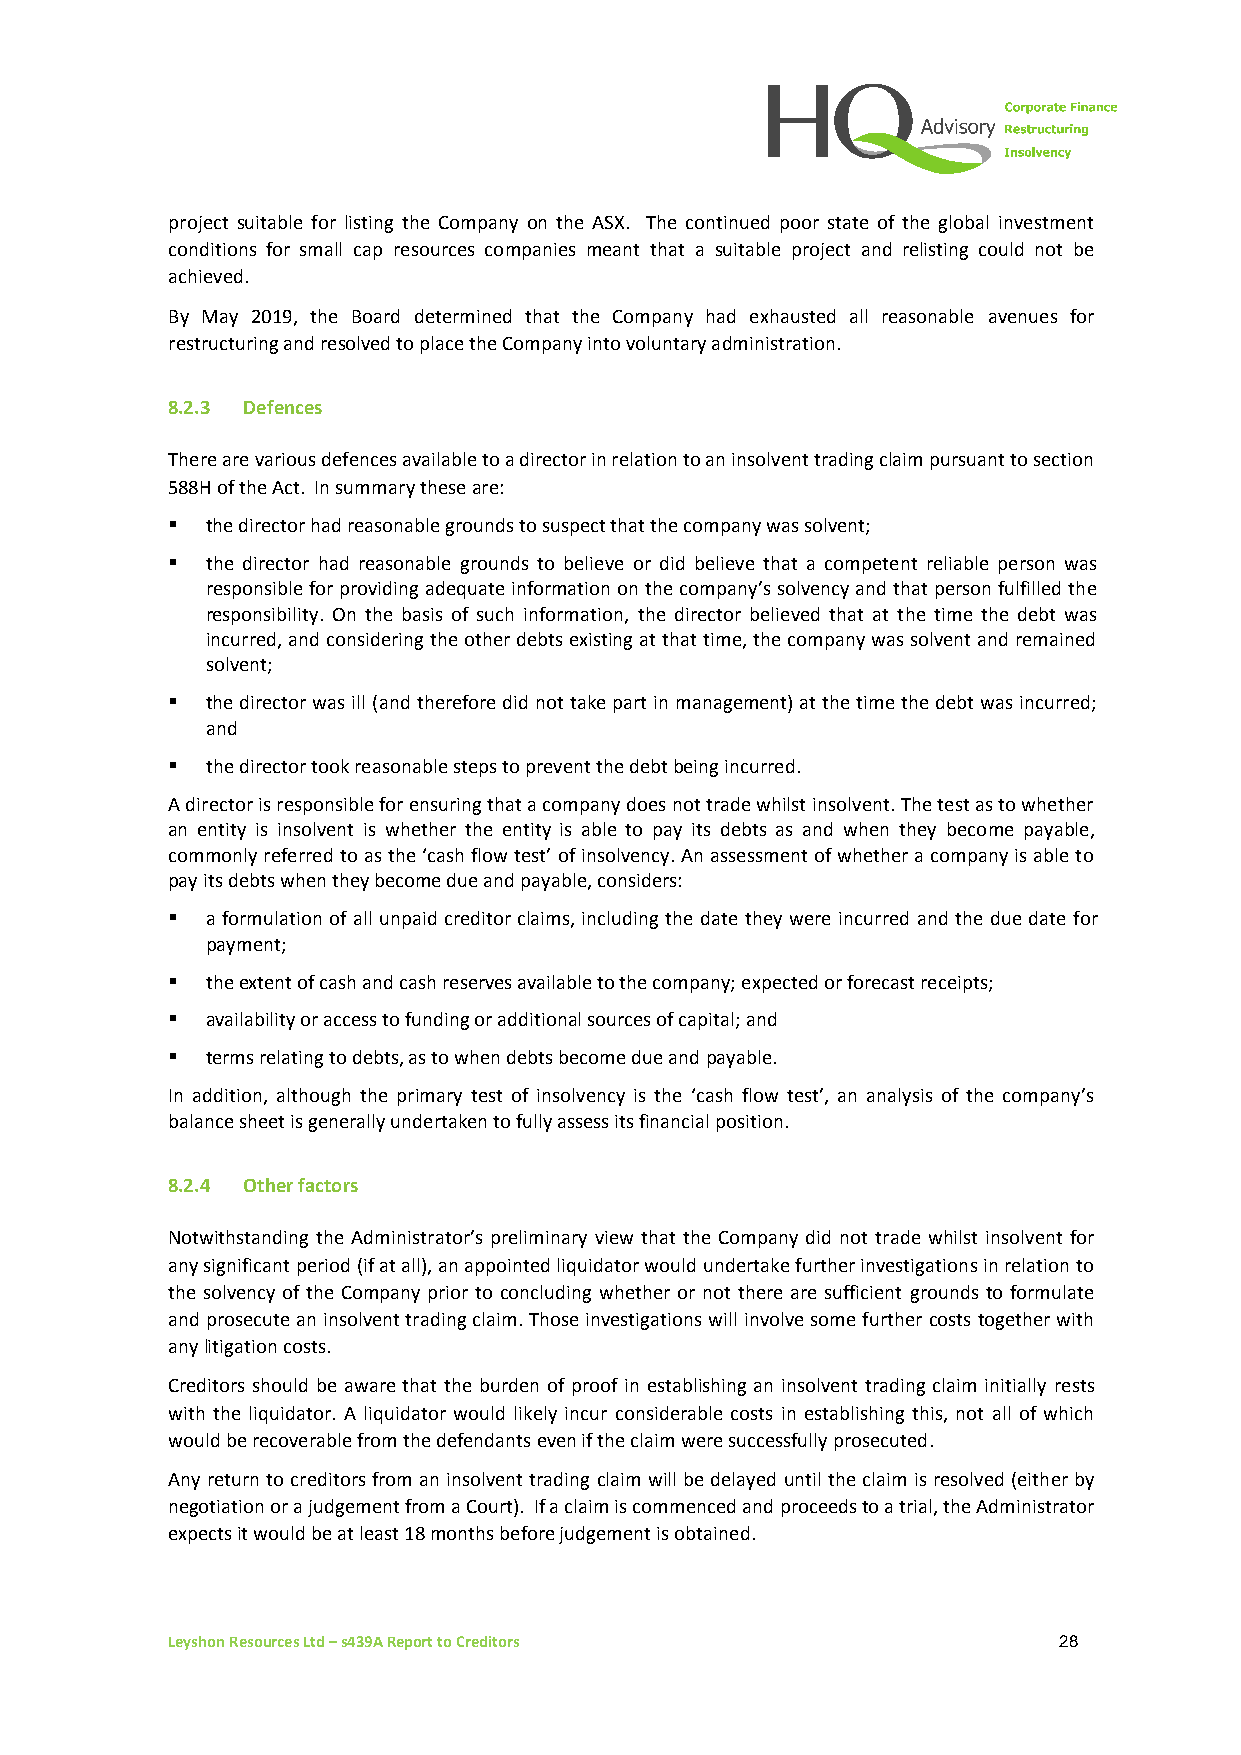
project suitable for listing the Company on the ASX. The continued poor state of the global investment
 conditions for small cap resources companies meant that a suitable project and relisting could not be
 achieved.
 By May 2019, the Board determined that the Company had exhausted all reasonable avenues for
 restructuring and resolved to place the Company into voluntary administration.
 8.2.3 Defences
 There are various defences available to a director in relation to an insolvent trading claim pursuant to section
 588H of the Act. In summary these are:
 ▪  the director had reasonable grounds to suspect that the company was solvent;
 ▪  the director had reasonable grounds to believe or did believe that a competent reliable person was
 responsible for providing adequate information on the company’s solvency and that person fulfilled the
 responsibility. On the basis of such information, the director believed that at the time the debt was
 incurred, and considering the other debts existing at that time, the company was solvent and remained
 solvent;
 ▪  the director was ill (and therefore did not take part in management) at the time the debt was incurred;
 and
 ▪  the director took reasonable steps to prevent the debt being incurred.
 A director is responsible for ensuring that a company does not trade whilst insolvent. The test as to whether
 an entity is insolvent is whether the entity is able to pay its debts as and when they become payable,
 commonly referred to as the ‘cash flow test’ of insolvency. An assessment of whether a company is able to
 pay its debts when they become due and payable, considers:
 ▪  a formulation of all unpaid creditor claims, including the date they were incurred and the due date for
 payment;
 ▪  the extent of cash and cash reserves available to the company; expected or forecast receipts;
 ▪  availability or access to funding or additional sources of capital; and
 ▪  terms relating to debts, as to when debts become due and payable.
 In addition, although the primary test of insolvency is the ‘cash flow test’, an analysis of the company’s
 balance sheet is generally undertaken to fully assess its financial position.
 8.2.4 Other factors
 Notwithstanding the Administrator’s preliminary view that the Company did not trade whilst insolvent for
 any significant period (if at all), an appointed liquidator would undertake further investigations in relation to
 the solvency of the Company prior to concluding whether or not there are sufficient grounds to formulate
 and prosecute an insolvent trading claim. Those investigations will involve some further costs together with
 any litigation costs.
 Creditors should be aware that the burden of proof in establishing an insolvent trading claim initially rests
 with the liquidator. A liquidator would likely incur considerable costs in establishing this, not all of which
 would be recoverable from the defendants even if the claim were successfully prosecuted.
 Any return to creditors from an insolvent trading claim will be delayed until the claim is resolved (either by
 negotiation or a judgement from a Court). If a claim is commenced and proceeds to a trial, the Administrator
 expects it would be at least 18 months before judgement is obtained.
 Leyshon Resources Ltd – s439A Report to Creditors          28